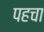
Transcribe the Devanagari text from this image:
पहचा